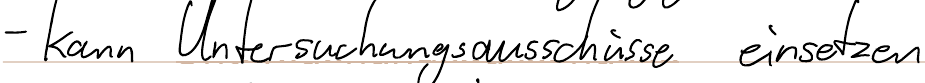
- kann Untersuchungsausschüsse einsetzen